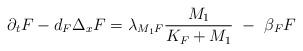
LaTeX: \begin{align*}\partial_t F - d_{F} \Delta_x F = \lambda_{M_1 F} \frac{M_1}{K_F + M_1} \ - \ \beta_F F\end{align*}